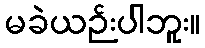
မခဲယဉ်းပါဘူး။